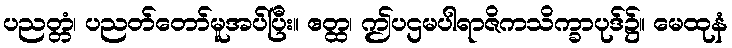
ပညတ္တံ၊ ပညတ်တော်မူအပ်ပြီး။ ဧတ္ထ၊ ဤပဌမပါရာဇိကသိက္ခာပုဒ်၌။ မေထုနံ